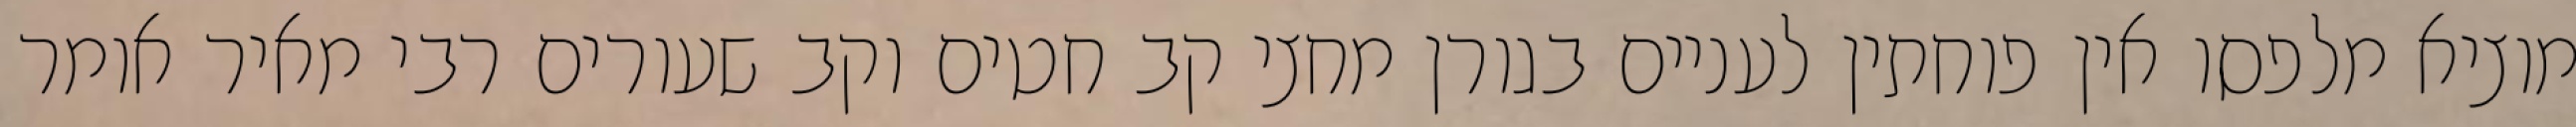
מוציא מלפסו אין פוחתין לעניים בגורן מחצי קב חטים וקב שעורים רבי מאיר אומר